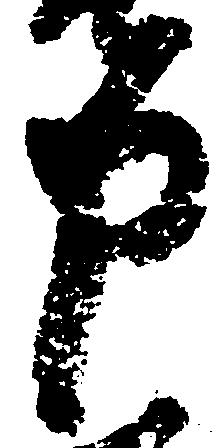
申